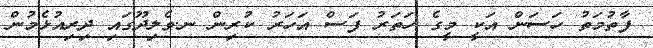
ފާތުމަތު ހަސަން އަކީ މީގެ ހަތަރު ފަަސް އަހަރު ކުރިން ނ.ވެލިދޫގައި ދިރިއުޅެމުން